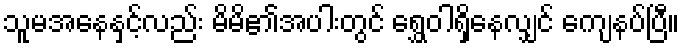
သူမအနေနှင့်လည်း မိမိ၏အပါးတွင် ရွှေဝါရှိနေလျှင် ကျေနပ်ပြီ။